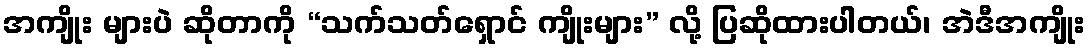
အကျိုး များပဲ ဆိုတာကို “သက်သတ်ရှောင် ကျိုးများ” လို့ ပြဆိုထားပါတယ်၊ အဲဒီအကျိုး